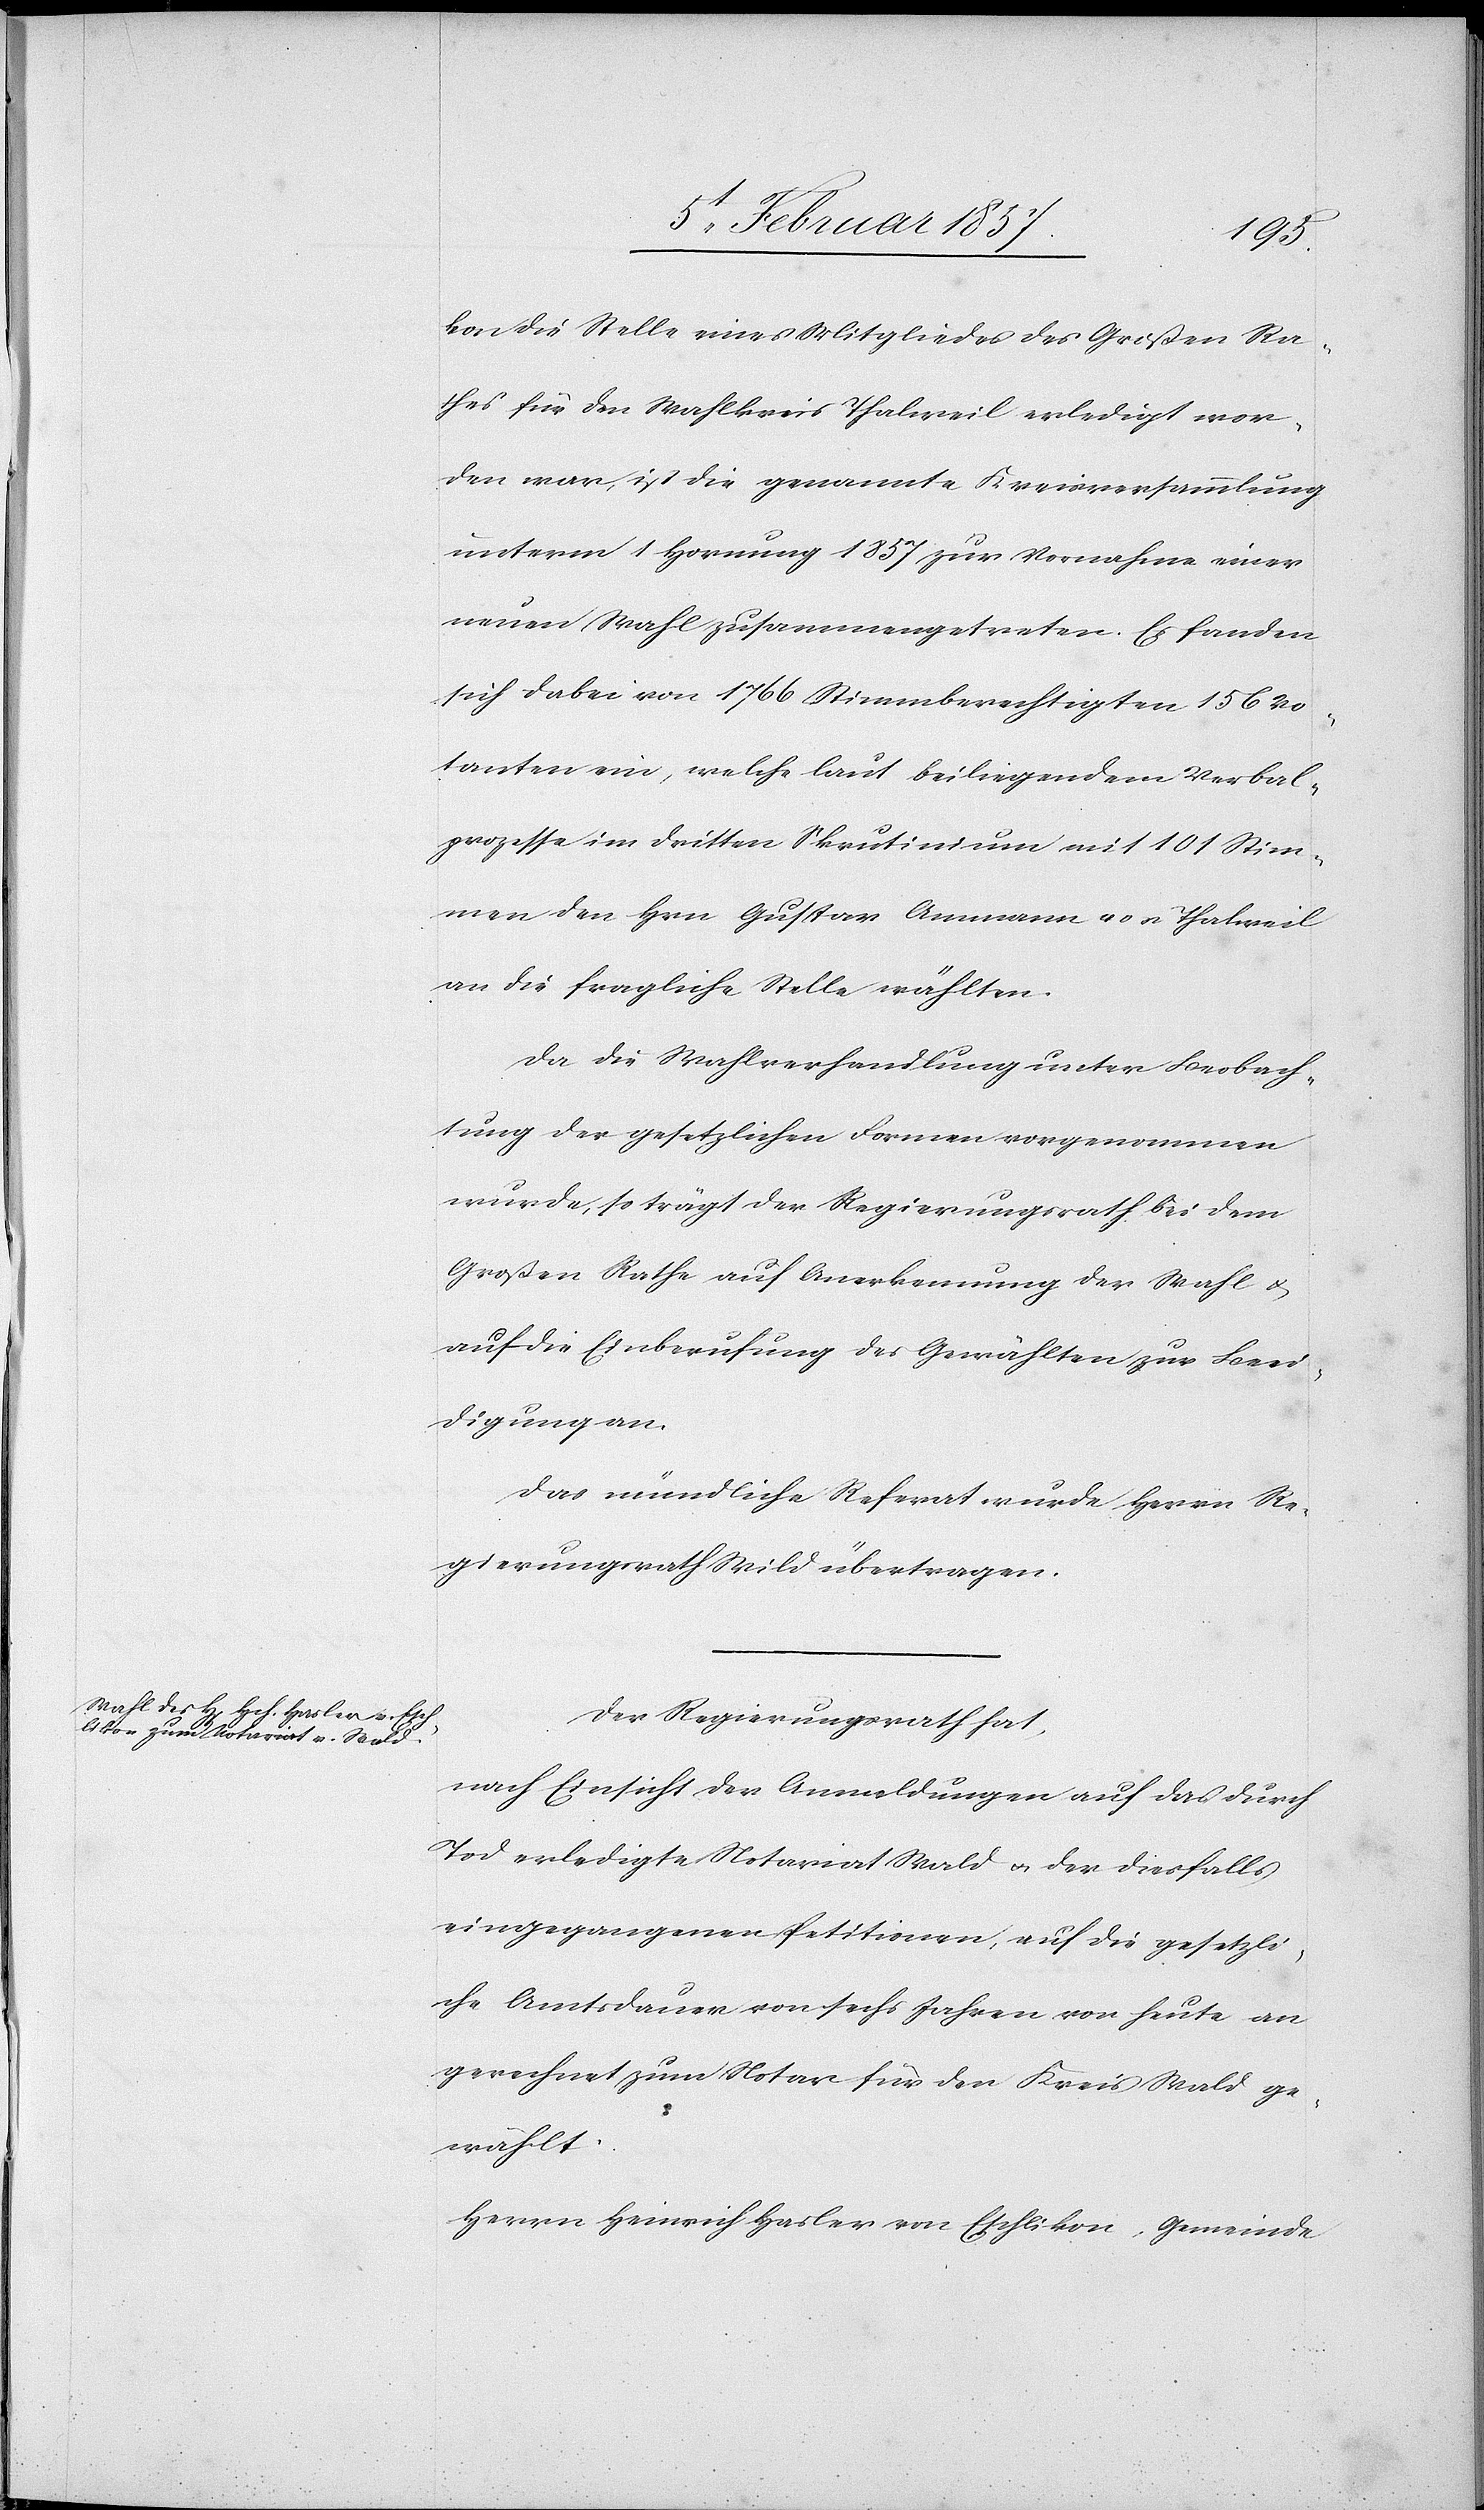
kon die Stelle eines Mitgliedes des Großen Ra¬
thes für den Wahlkreis Thalweil erledigt wor¬
den war, ist die genannte Kreisversammlung
unterm 1 Hornung 1857 zur Vornahme einer
neuen Wahl zusammengetreten. Es fanden
sich dabei von 1766 Stimmberechtigten 156 Vo¬
tanten ein, welche laut beiliegendem Verbal¬
prozesse im dritten Scrutinium mit 101 Stim¬
men den Hrn Gustav Ammann von Thalweil
an die Fragliche Stelle wählten.
Da die Wahlverhandlung unter Beobach¬
tung der gesetzlichen Formen vorgenommen
wurde, so trägt der Regierungsrath bei dem
Großen Rathe auf Anerkennung der Wahl u.
auf die Einberufung des Gewählten zur Beei¬
digung an.
Das mündliche Referat wurde Herrn Re¬
gierungsrath Wild übertragen.
Der Regierungsrath hat,
nach Einsicht der Anmeldungen auf das durch
Tod erledigte Notariat Wald u. der diesfalls
eingegangenen Petitionen, auf die gesetzli¬
che Amtsdauer von sechs Jahren von heute an
gerechnet zum Notar für den Kreis Wald ge¬
wählt:
Herrn Heinrich Hasler von Eschlikon, Gemeinde